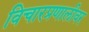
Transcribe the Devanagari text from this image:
विचारप्रणालीवर